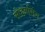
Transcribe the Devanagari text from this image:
सोहनसिंग